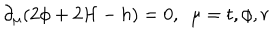
LaTeX: \partial _ { \mu } ( 2 \phi + 2 { \cal H } - h ) = 0 , ~ ~ \mu = t , \phi , r